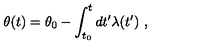
\theta ( t ) = \theta _ { 0 } - \int _ { t _ { 0 } } ^ { t } d t ^ { \prime } \lambda ( t ^ { \prime } ) \ ,